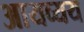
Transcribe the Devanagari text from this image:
आयव्यय